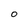
Character: 0